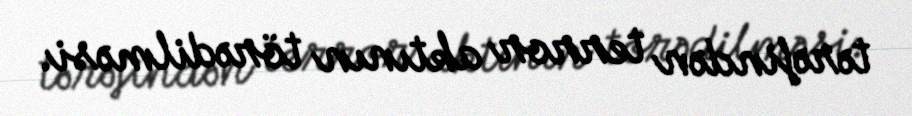
tərəfindən terror aktının törədilməsi.